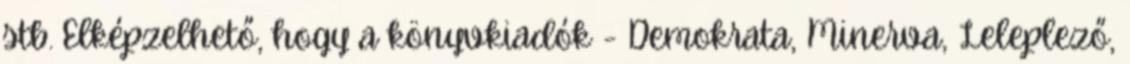
stb. Elképzelhető, hogy a könyvkiadók - Demokrata, Minerva, Leleple­ző,